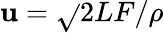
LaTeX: \mathbf{u}=\sqrt{}{{2LF/\rho}}